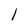
Character: 1